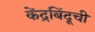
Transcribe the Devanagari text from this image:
केंद्रबिंदूची